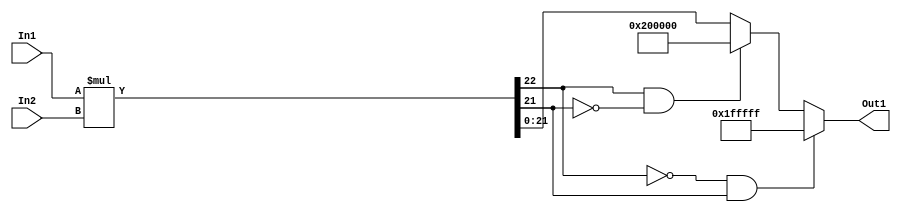
// -------------------------------------------------------------
// 
// 
// Generated by MATLAB 9.14 and HDL Coder 4.1
// 
// -------------------------------------------------------------


// -------------------------------------------------------------
// 
// Module: multb0_2_block
// Source Path: FP_sub/fp model/FIR_section_2/multb0_2
// Hierarchy Level: 2
// 
// -------------------------------------------------------------

`timescale 1 ns / 1 ns

module multb0_2_block
          (In2,
           In1,
           Out1);


  input   signed [11:0] In2;  // sfix12_En11
  input   signed [10:0] In1;  // sfix11_En3
  output  signed [21:0] Out1;  // sfix22_En14


  wire signed [22:0] multb0_mul_temp;  // sfix23_En14
  wire signed [21:0] multb0_out1;  // sfix22_En14


  assign multb0_mul_temp = In1 * In2;
  assign multb0_out1 = ((multb0_mul_temp[22] == 1'b0) && (multb0_mul_temp[21] != 1'b0) ? 22'sb0111111111111111111111 :
              ((multb0_mul_temp[22] == 1'b1) && (multb0_mul_temp[21] != 1'b1) ? 22'sb1000000000000000000000 :
              $signed(multb0_mul_temp[21:0])));



  assign Out1 = multb0_out1;

endmodule  // multb0_2_block